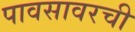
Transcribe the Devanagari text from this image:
पावसावरची